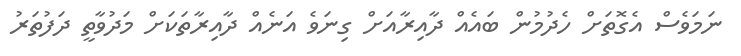
ނަމަވެސް އެގޮތަށް ހެދުމުން ބައެއް ދާއިރާއަށް ގިނަވެ އަނެއް ދާއިރާތަކަށް މަދުވާތީ ދަފުތަރު